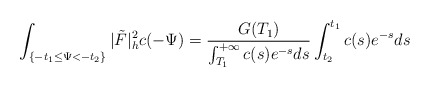
\begin{align*}\int_{\{-t_1\le\Psi<-t_2\}}|\tilde{F}|^2_hc(-\Psi)=\frac{G(T_1)}{\int_{T_1}^{+\infty}c(s)e^{-s}ds}\int_{t_2}^{t_1}c(s)e^{-s}ds \end{align*}